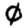
Digit: 0